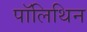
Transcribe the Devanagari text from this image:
पॉलिथिन